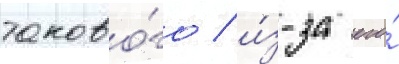
таково́го / и́з-за его́